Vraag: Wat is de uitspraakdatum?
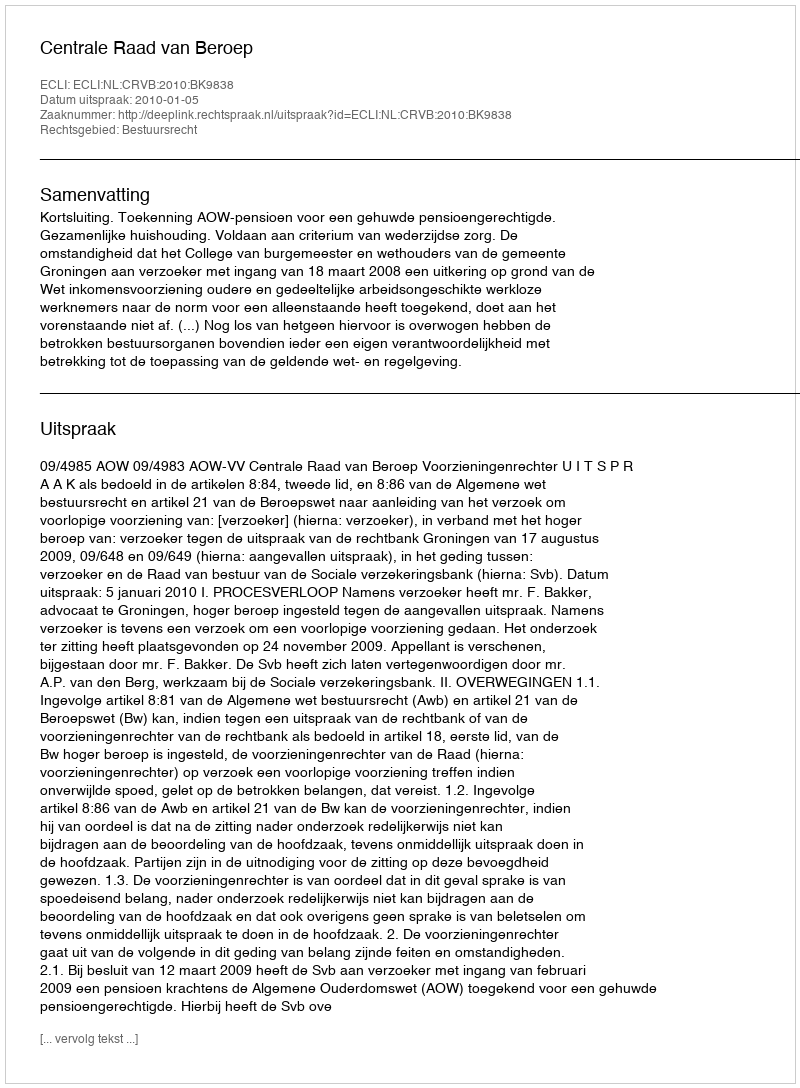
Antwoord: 2010-01-05